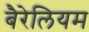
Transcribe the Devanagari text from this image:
बैरेलियम